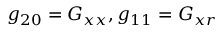
g _ { 2 0 } = G _ { x x } , g _ { 1 1 } = G _ { x r }